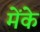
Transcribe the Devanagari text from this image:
मेंके